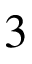
3